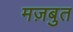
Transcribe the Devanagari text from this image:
मज़बुत